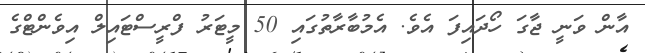
އާން ވަނީ ޖާގަ ހޯދައިފަ އެވެ. އެމުބާރާތުގައި 50 މީޓަރު ފްރީސްޓައިލް އިވެންޓްގެ